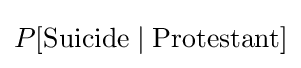
P[{\text{Suicide}}\mid {\text{Protestant}}]